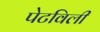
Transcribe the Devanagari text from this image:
पेटविली